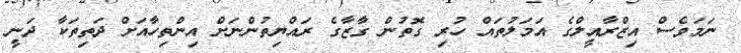
ނަމަވެސް އިޒްރާއީލްގެ އަމަލުތައް ހުރި ގޮތުން ގާޒާގެ ރައްޔިތުންނަށް އިންތިހާއަށް ދަތިތަކާ ދަނީ